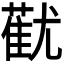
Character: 𬞓